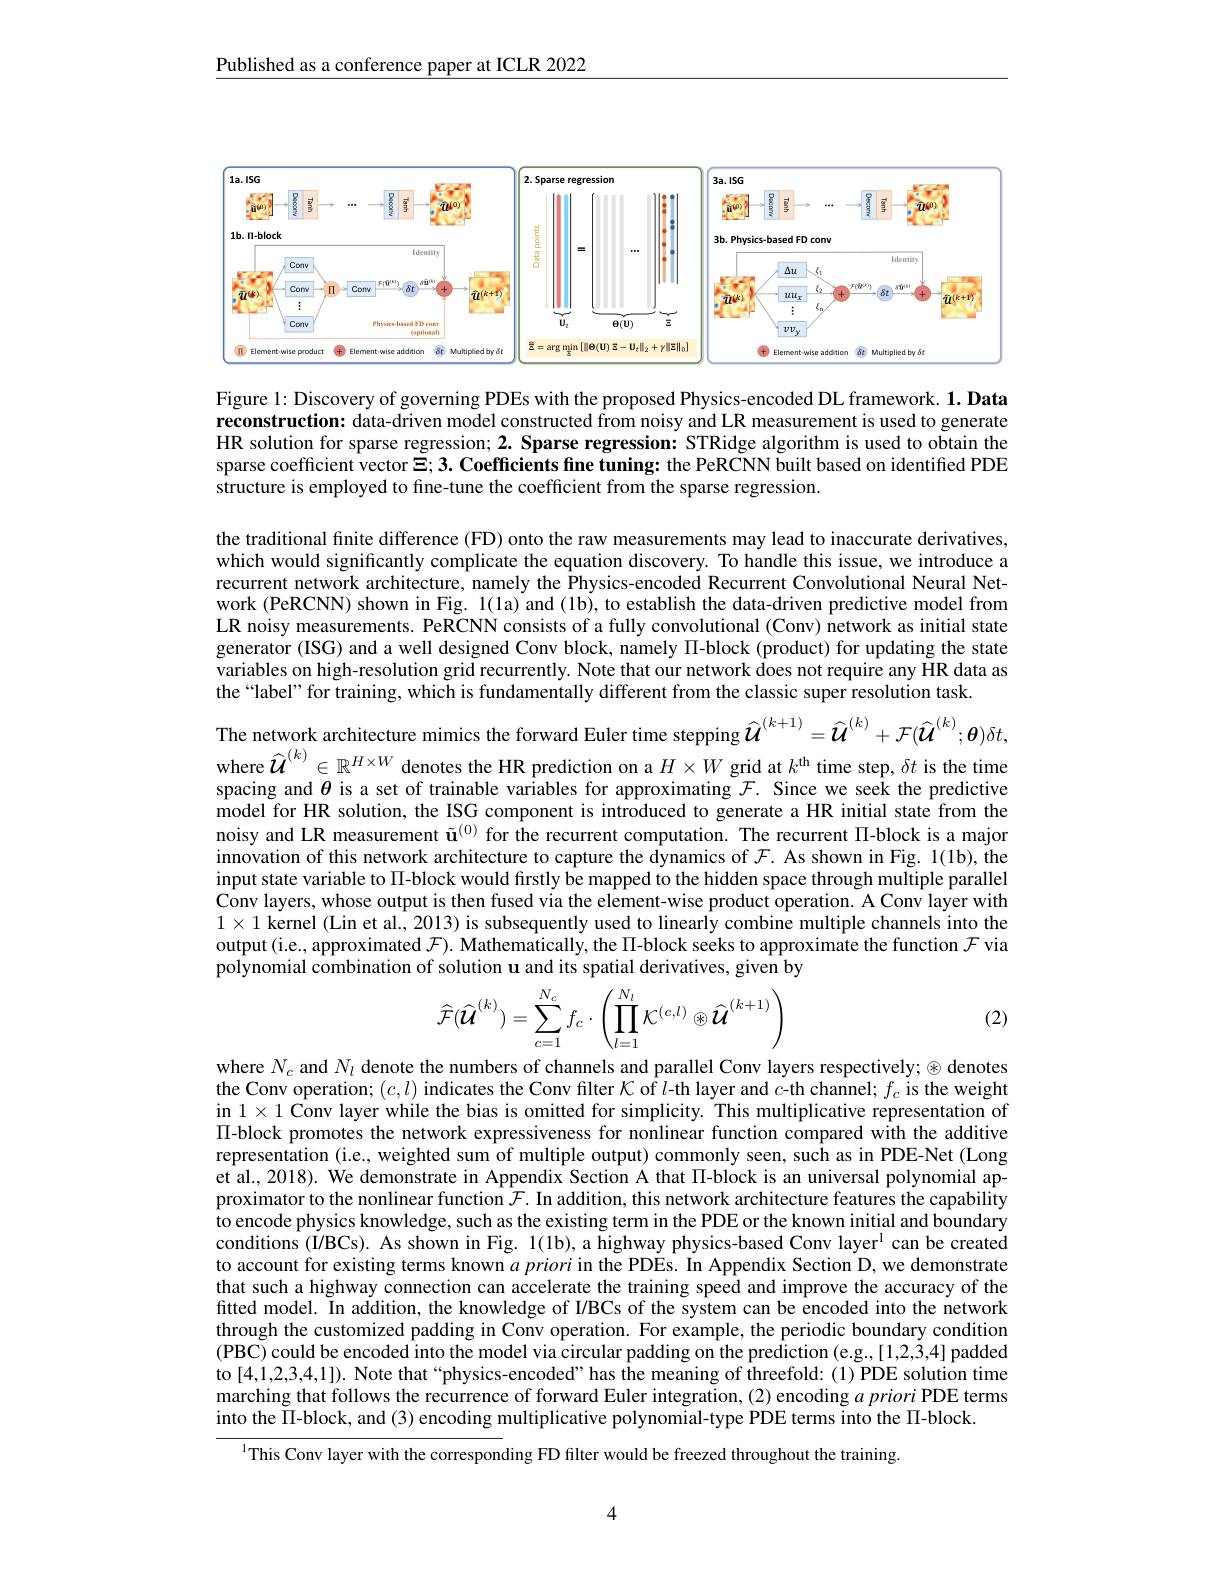
Published as a conference paper at ICLR 2022

<FigureHere>

Figure 1: Discovery of governing PDEs with the proposed Physics-encoded DL framework. 1. Data reconstruction: data-driven model constructed from noisy and LR measurement is used to generate HR solution for sparse regression; 2. Sparse regression: STRidge algorithm is used to obtain the sparse coefficient vector $\Xi ; 3. \textbf{Coefficients fine tuning: the PeRCNN built based on identified PDE}$ structure is employed to fine-tune the coefficient from the sparse regression.

the traditional finite difference (FD) onto the raw measurements may lead to inaccurate derivatives, which would significantly complicate the equation discovery. To handle this issue, we introduce a recurrent network architecture, namely the Physics-encoded Recurrent Convolutional Neural Network (PeRCNN) shown in Fig. 1(la) and (lb), to establish the data-driven predictive model from LR noisy measurements. PeRCNN consists of a fully convolutional (Conv) network as initial state generator (ISG) and a well designed Conv block, namely $\Pi$-block (product) for updating the state variables on high-resolution grid recurrently. Note that our network does not require any HR data as the“label”for training, which is fundamentally different from the classic super resolution task.

The network architecture mimics the forward Euler time stepping $\widehat{\mathcal{U}}^{(k+1)}=\widehat{\mathcal{U}}^{(k)}+\mathcal{F}(\widehat{\mathcal{U}}^{(k)};\boldsymbol{\theta})\delta t$, where $\widehat{\mathcal{U}}^{(k)}\in\mathbb{R}^{H\times W}$ denotes the HR prediction on a $H\times W$ grid at $k^\mathrm{th}$ time step, $\delta t$ is the time

spacing and $\theta$ is a set of trainable variables for approximating $\mathcal{F}.$ Since we seek the predictive model for HR solution, the ISG component is introduced to generate a HR initial state from the noisy and LR measurement $\tilde{\mathbf{u}}^{(0)}$ for the recurrent computation. The recurrent П-block is a major innovation of this network architecture to capture the dynamics of $\mathcal{F}.$ As shown in Fig. 1(1b), the input state variable to $\Pi$-block would firstly be mapped to the hidden space through multiple parallel Conv layers, whose output is then fused via the element-wise product operation. A Conv layer with $1\times1$ kernel (Lin et al., 2013) is subsequently used to linearly combine multiple channels into the output (i.e, approximated $\mathcal{F}).$ Mathematically, the П-block seeks to approximate the function $\mathcal{F}$ via polynomial combination of solution u and its spatial derivatives, given by
$$\widehat{\mathcal{F}}(\widehat{\mathcal{U}}^{(k)})=\sum_{c=1}^{N_c}f_c\cdot\left(\prod_{l=1}^{N_l}\mathcal{K}^{(c,l)}\otimes\widehat{\mathcal{U}}^{(k+1)}\right)$$
(2)

where $N_c$ and $N_l$ denote the numbers of channels and parallel Conv layers respectively; $\otimes$ denotes the Conv operation; $(c,l)$ indicates the Conv filter $K$ of $l$-th layer and $c$th channel; $f_c$ is the weight in $1\times1$ Conv layer while the bias is omitted for simplicity. This multiplicative representation of $\Pi$-block promotes the network expressiveness for nonlinear function compared with the additive representation (i.e, weighted sum of multiple output) commonly seen, such as in PDE-Net (Long et al., 2018). We demonstrate in Appendix Section A that II-block is an universal polynomial approximator to the nonlinear function $\mathcal{F}.$ In addition, this network architecture features the capability to encode physics knowledge, such as the existing term in the PDE or the known initial and boundary conditions (I/BCs). As shown in Fig. 1(1b), a highway physics-based Conv layer$^{\mathrm{l}}$ can be created to account for existing terms known $a\textit{prioriinthePDEs. In Appendix Section D, we demonstrate}$ that such a highway connection can accelerate the training speed and improve the accuracy of the fitted model. In addition, the knowledge of I/BCs of the system can be encoded into the network through the customized padding in Conv operation. For example, the periodic boundary condition $\tilde{\text{(PBC)could be encoded into the model via circular padding on the prediction (e.g.,[1,2,3,4] padded}}$ to [4,1,2,3,4,1]). Note that“physics-encoded”has the meaning of threefold:(1)PDE solution time marching that follows the recurrence of forward Euler integration, (2) encoding $a\textit{priori PDE terms}$ into the $\Pi$-block, and (3) encoding multiplicative polynomial-type PDE terms into the $\Pi$-block.

I This Conv layer with the corresponding FD filter would be freezed throughout the training

4